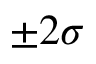
\pm 2 \sigma